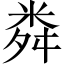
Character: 粦